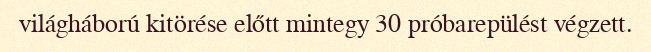
világháború kitörése előtt mintegy 30 próbarepülést végzett.